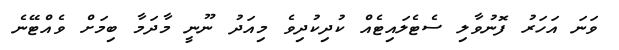
ވަނަ އަހަރު ފޮނުވާލި ސެޓެލައިޓެއް ކުދިކުދިވެ މިއަދު ނޫނީ މާދަމާ ބިމަށް ވެއްޓޭނެ